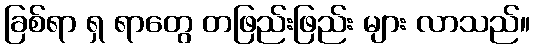
ခြစ်ရာ ရှ ရာတွေ တဖြည်းဖြည်း များ လာသည်။